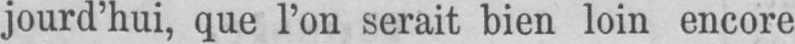
jourd’hui, que l’on serait bien loin encore